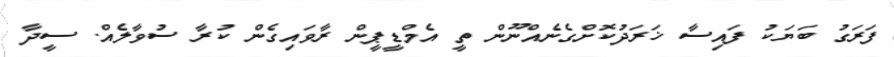
ފަރަގު ބަޔަކު ފައިސާ ޚަރަދުކޮށްގެނެއްނޫން ތީ އެމްޑީޕީން ރާވައިގެން ކުރާ ސުވާލެއް. ސީދާ